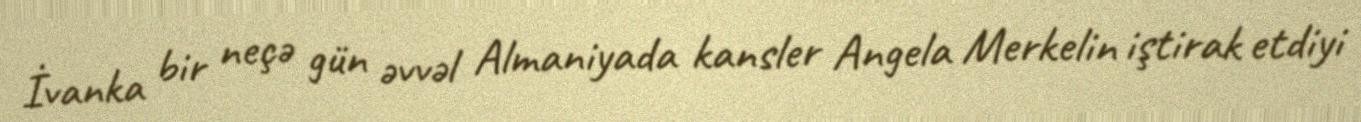
İvanka bir neçə gün əvvəl Almaniyada kansler Angela Merkelin iştirak etdiyi